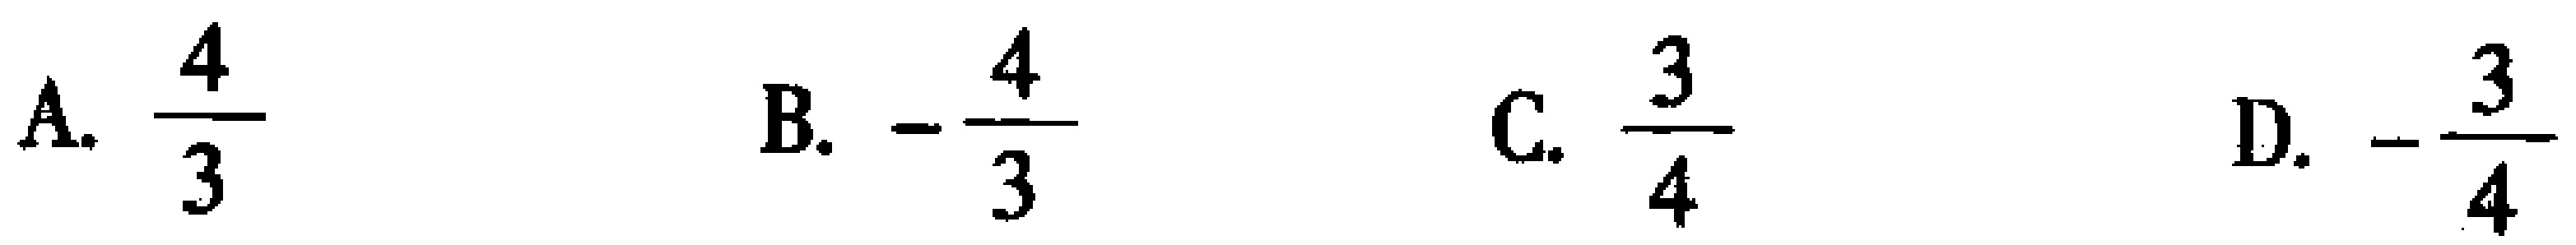
A. $\frac{4}{3}$  B. $-\frac{4}{3}$  C. $\frac{3}{4}$  D. $-\frac{3}{4}$